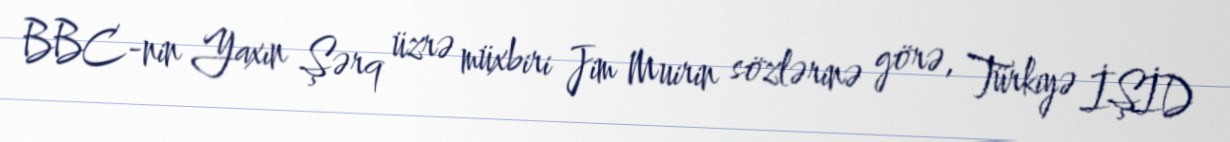
BBC-nin Yaxın Şərq üzrə müxbiri Jim Muirin sözlərinə görə, Türkiyə İŞİD